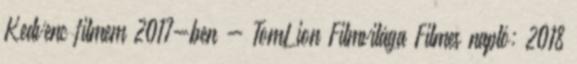
Kedvenc filmem 2017-ben - TomLion Filmvilága Filmes napló: 2018